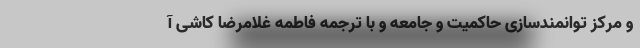
و مرکز توانمندسازی حاکمیت و جامعه و با ترجمه فاطمه غلامرضا کاشی آ